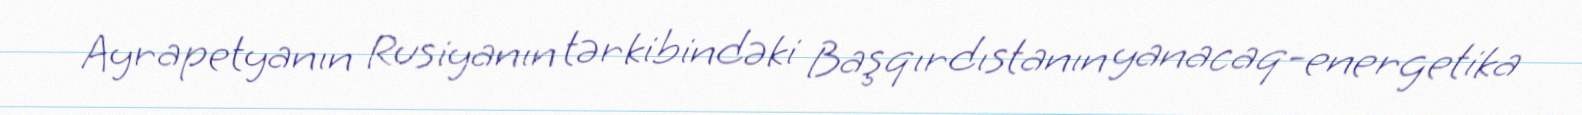
Ayrapetyanın Rusiyanın tərkibindəki Başqırdıstanın yanacaq-energetika